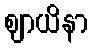
ဈာယိနာ